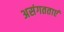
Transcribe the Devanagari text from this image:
असंगतताएं